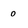
Character: 0